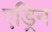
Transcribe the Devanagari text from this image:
एड्रिन